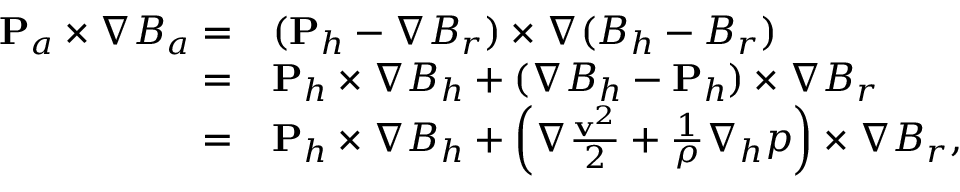
\begin{array} { r l } { { \bf P } _ { a } \times \nabla B _ { a } = } & { { } ( { \bf P } _ { h } - \nabla B _ { r } ) \times \nabla ( B _ { h } - B _ { r } ) } \\ { = } & { { } { \bf P } _ { h } \times \nabla B _ { h } + ( \nabla B _ { h } - { \bf P } _ { h } ) \times \nabla B _ { r } } \\ { = } & { { } { \bf P } _ { h } \times \nabla B _ { h } + \left( \nabla \frac { { \bf v } ^ { 2 } } { 2 } + \frac { 1 } { \rho } \nabla _ { h } p \right) \times \nabla B _ { r } , } \end{array}